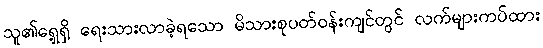
သူ၏ရှေ့ရှိ ရေးသားလာခဲ့ရသော မိသားစုပတ်ဝန်းကျင်တွင် လက်များကပ်ထား